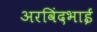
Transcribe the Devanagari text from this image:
अरविंदभाई